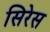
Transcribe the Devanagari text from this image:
सिरेस